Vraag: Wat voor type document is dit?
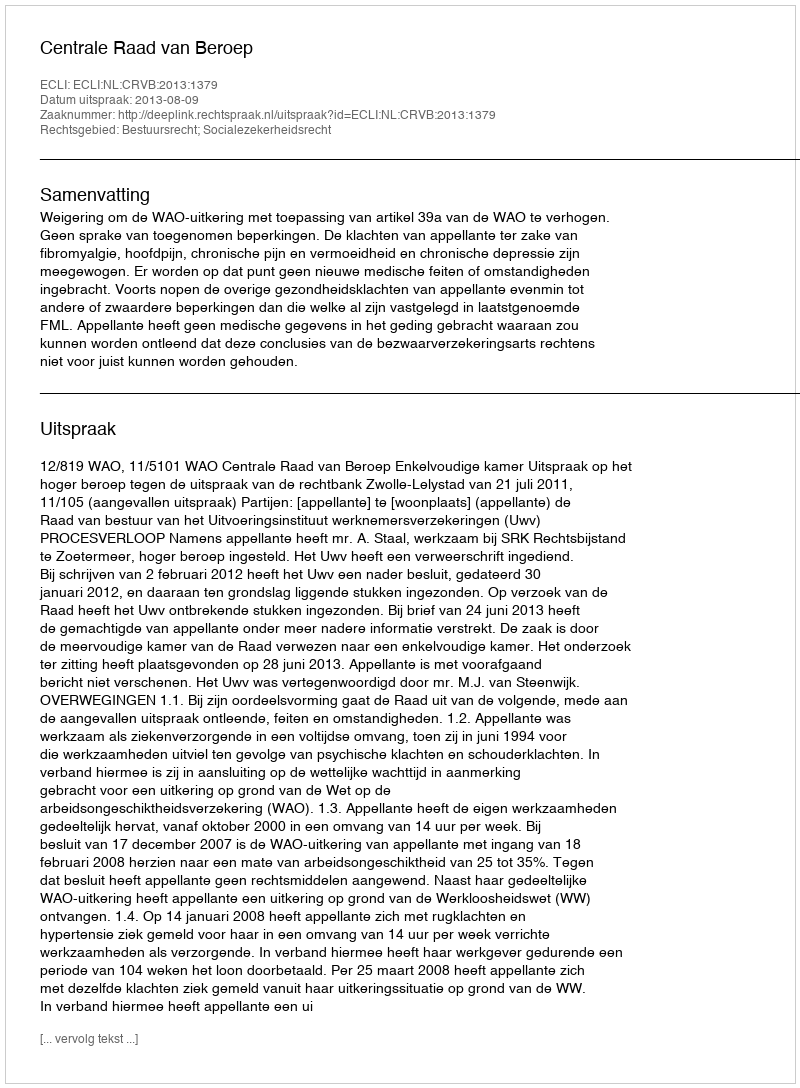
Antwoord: Uitspraak